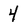
Character: 4